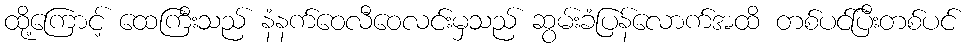
ထို့ကြောင့် ထေကြီးသည် နံနက်ဝေလီဝေလင်းမှသည် ဆွမ်းခံပြန်လောက်အထိ တစ်ပင်ပြီးတစ်ပင်